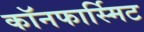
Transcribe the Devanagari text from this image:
कॉनफार्स्मिट